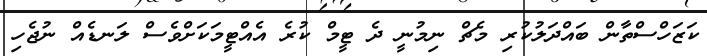
ކަޒަހްސްތާން ބައްދަލުކުރި މެޗް ނިމުނީ ދެ ޓީމް ކުރެ އެއްޓީމަކަށްވެސް ލަނޑެއް ނުޖެހި